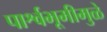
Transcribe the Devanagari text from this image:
पार्श्वभूमीमुळे